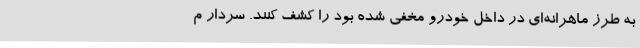
به طرز ماهرانه‌ای در داخل خودرو مخفی شده بود را کشف کنند. سردار م